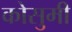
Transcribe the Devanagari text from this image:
कोसुमी